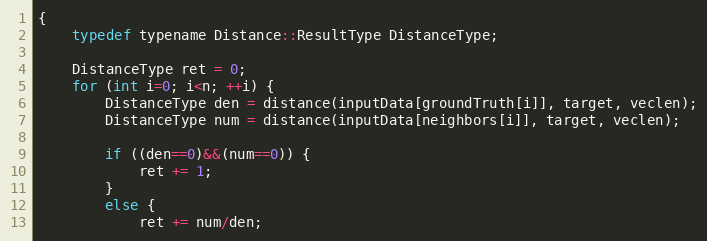
Language: C
{
    typedef typename Distance::ResultType DistanceType;

    DistanceType ret = 0;
    for (int i=0; i<n; ++i) {
        DistanceType den = distance(inputData[groundTruth[i]], target, veclen);
        DistanceType num = distance(inputData[neighbors[i]], target, veclen);

        if ((den==0)&&(num==0)) {
            ret += 1;
        }
        else {
            ret += num/den;